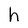
Character: h